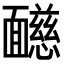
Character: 𩉋